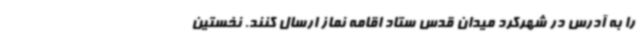
را به آدرس در شهرکرد میدان قدس ستاد اقامه نماز ارسال کنند. نخستین